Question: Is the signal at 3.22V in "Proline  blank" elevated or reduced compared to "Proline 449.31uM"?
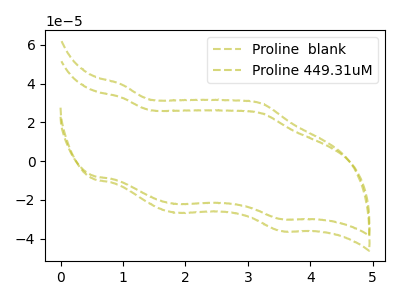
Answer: <think>The olive dashed curve "Proline  blank" has anodic peaks at (1.00V, 39.65uA) (3.20V, 29.75uA) and cathodic peaks at (1.85V, -26.70uA) (3.55V, -36.10uA). The olive dashed curve "Proline 449.31uM" has anodic peaks at (1.00V, 32.85uA) (3.20V, 24.65uA) and cathodic peaks at (1.85V, -22.15uA) (3.55V, -29.95uA).</think>
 <answer>The peak at 3.22V is higher in "Proline  blank" than in "Proline 449.31uM".</answer>
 <eval>higher</eval>